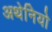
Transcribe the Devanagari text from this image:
अथेनियो